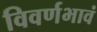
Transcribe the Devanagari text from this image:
विवर्णभावं